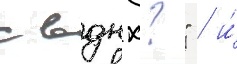
с вднх?" / и́